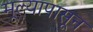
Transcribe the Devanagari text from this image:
मूल्यापासून